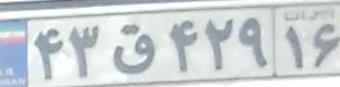
۴۳ق۴۲۹۱۶